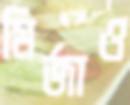
মির্জাও